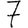
Digit: 7